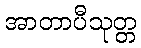
အာတာပီသုတ္တ